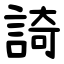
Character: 䛴